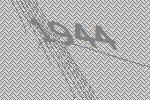
1944